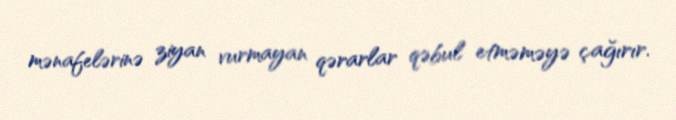
mənafelərinə ziyan vurmayan qərarlar qəbul etməməyə çağırır.